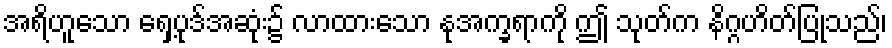
အရိဟူသော ရှေ့ပုဒ်အဆုံး၌ လာထားသော နုအက္ခရာကို ဤ သုတ်က နိဂ္ဂဟိတ်ပြုသည်၊